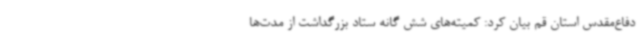
دفاع‌مقدس استان قم بیان کرد: کمیته‌های شش گانه ستاد بزرگداشت از مدت‌ها